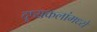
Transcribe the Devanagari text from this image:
दृष्यकलांमध्ये